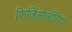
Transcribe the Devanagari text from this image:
फिजिओलॉगिया